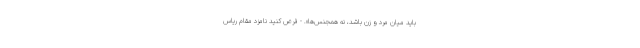
باید میان مرد و زن باشد، نه همجنس‌ها». - فرض کنید نامزد مقام ریاس